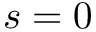
s = 0